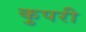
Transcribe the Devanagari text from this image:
कुपरी